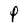
Character: P